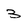
Character: 3